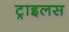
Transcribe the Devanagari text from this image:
ट्राइलस